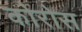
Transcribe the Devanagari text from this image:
कोरोस